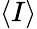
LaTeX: \langle I\rangle